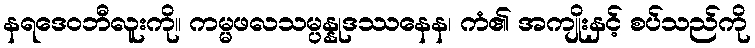
နရဒေဝဘီလူးကို။ ကမ္မဖလသမ္ပန္နုဒဿနေန၊ ကံ၏ အကျိုးနှင့် စပ်သည်ကို